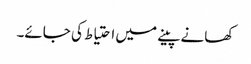
کھانے پینے میں احتیاط کی جائے۔